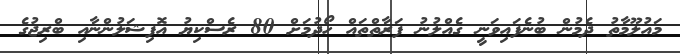
މައުލޫމާތު ދެމުން ބުނެފައިވަނީ ގެއްލުނު ފަރާތްތައް ހޯދުމަށް 80 ރެސްކިޔު އޮފިޝަލުންނާއި ބްރިޖުގެ